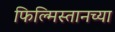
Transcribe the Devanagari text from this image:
फिल्मिस्तानच्या